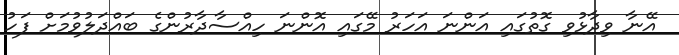
އޭނާ ވިދާޅުވި ގޮތުގައި އަންނަ އަހަރު މޭގައި އޮންނަ ހިއްސާދާރުންގެ ބައްދަލުވުމަށް ފަހު